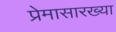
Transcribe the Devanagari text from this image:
प्रेमासारख्या